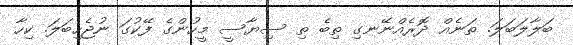
ބަލާލަބަލަ. ތަނެއް ދޮރެއްނޭނގި ތިބެ ތި ސިޔާސީ މީހުންގެ ފޭކުގަ ނުޖެހިބަލަ. ކިހާ